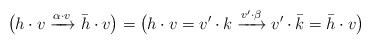
\begin{align*} \big(h\cdot{}v\xrightarrow{\alpha\cdot{}v}\bar h\cdot{}v\big) = \big(h\cdot{}v=v'\cdot{}k\xrightarrow{v'\cdot{}\beta}v'\cdot{}\bar k=\bar h\cdot{}v \big)\end{align*}